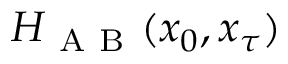
H _ { \mathrm { ~ A ~ B ~ } } ( x _ { 0 } , x _ { \tau } )